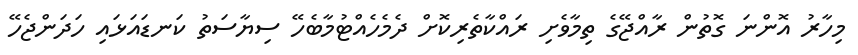
މިހާރު އޮންނަ ގޮތުން ރާއްޖޭގެ ތިމާވެށި ރައްކާތެރިކޮށް ދެމެހެއްޓުމާބެހޭ ސިޔާސަތު ކަނޑައަޅައި ހަދަންޖެހޭ